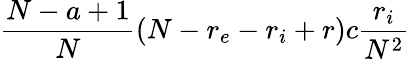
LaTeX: \frac{N-a+1}{N}(N-r_{e}-r_{i}+r)c\frac{r_{i}}{N^{2}}